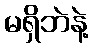
မရှိဘဲနဲ့